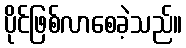
ပိုင်ဖြစ်လာစေခဲ့သည်။